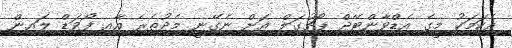
އެކަމަކު މީގެ އެޑްވާންޓޭޖް ޕޯޗުގަލް އަށް ނެގޭނީ މެދުތެރެ އާއި ފޯވަޑް ލައިން